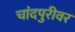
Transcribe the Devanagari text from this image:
चांदपुरीवर